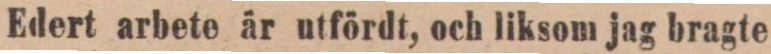
Edert arbete är utfördt, och liksom jag bragte